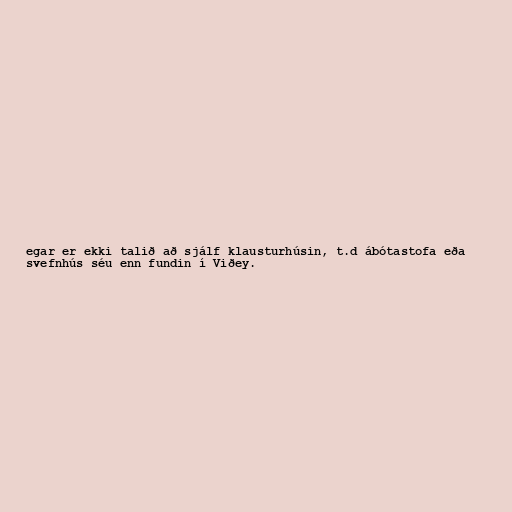
egar er ekki talið að sjálf klausturhúsin, t.d ábótastofa eða
svefnhús séu enn fundin í Viðey.